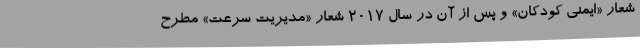
شعار «ایمنی کودکان» و پس از آن در سال ۲۰۱۷ شعار «مدیریت سرعت» مطرح